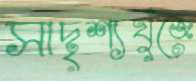
সাদৃশ্যখুঁজে